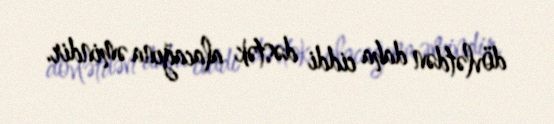
dövlətdən daha ciddi dəstək alacağına əmindir.